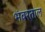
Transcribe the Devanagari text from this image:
भंवरताल